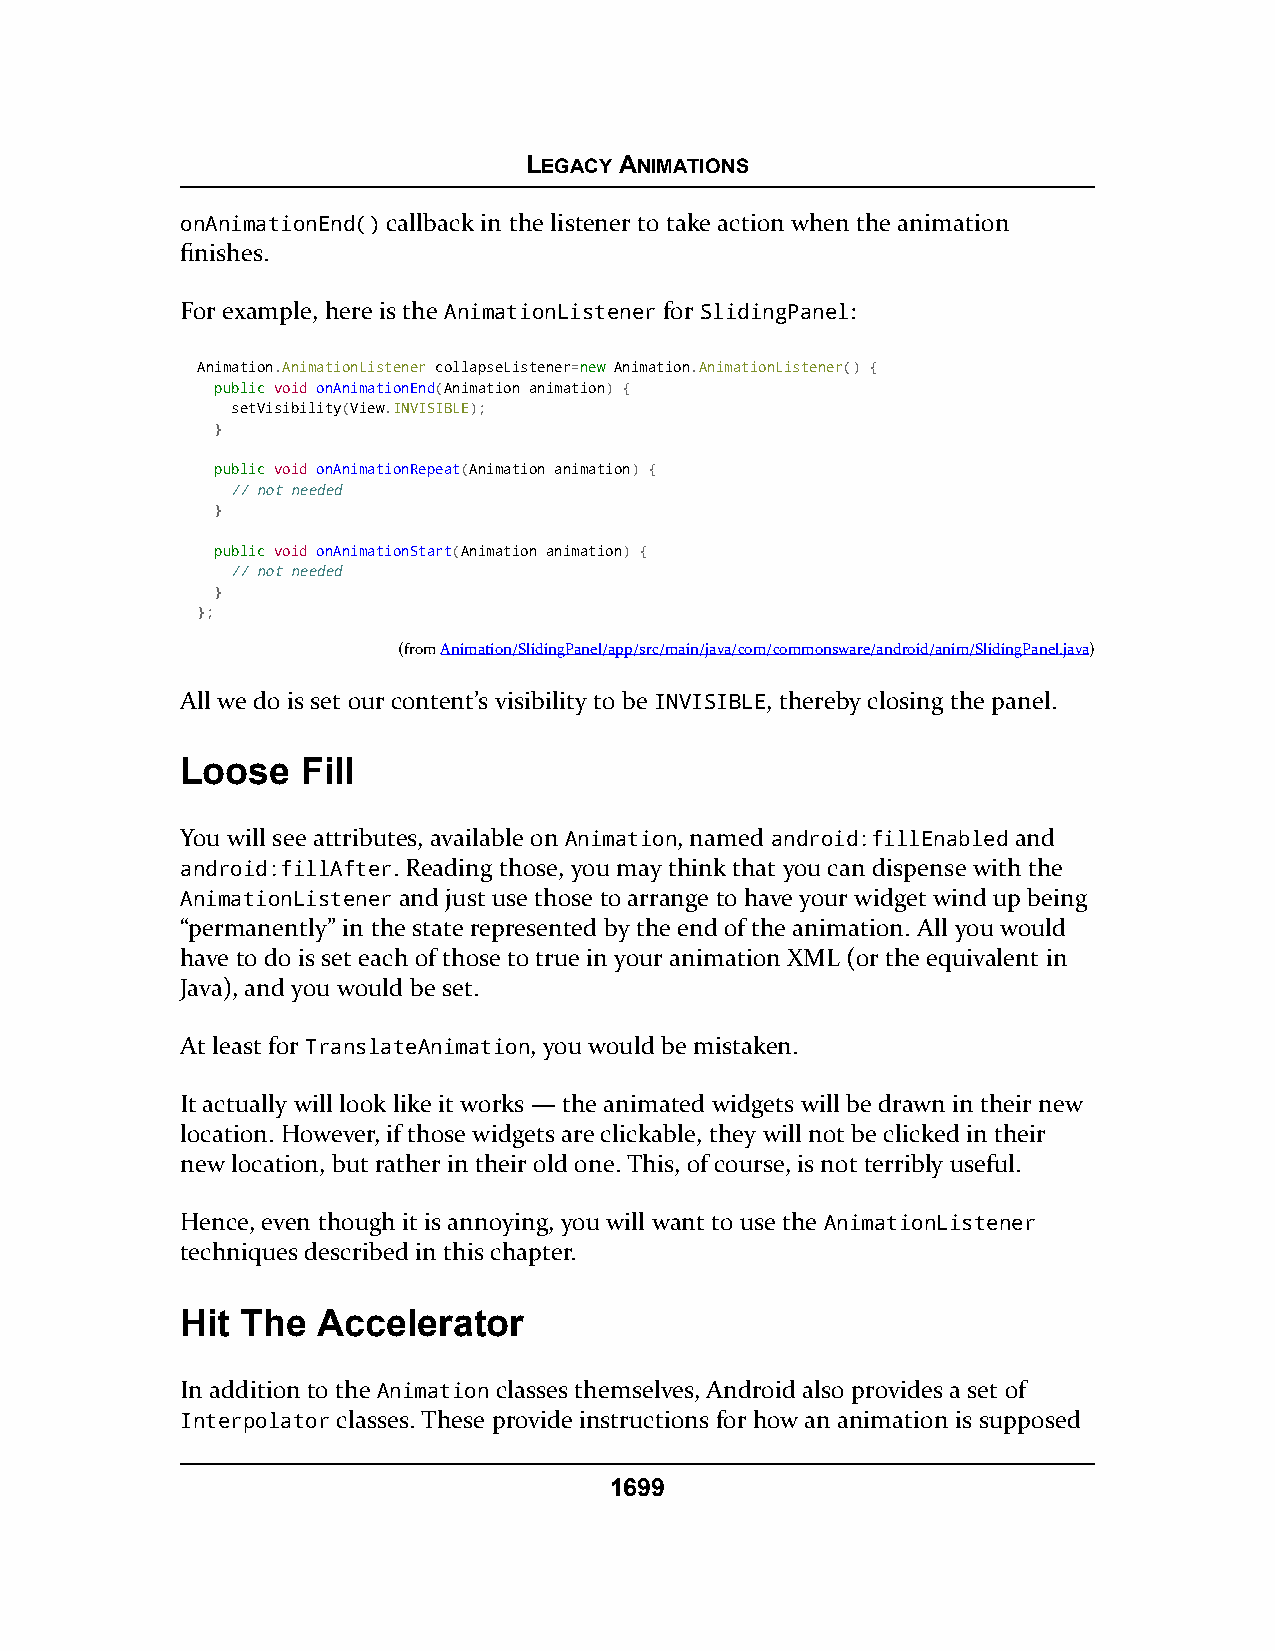
LEGACY ANIMATIONS
 onAnimationEnd() callback in the listener to take action when the animation
 finishes.
 For example, here is the AnimationListener for SlidingPanel:
 Animation.AnimationListener collapseListener=nneeww Animation.AnimationListener() {
 ppuubblliicc void onAnimationEnd(Animation animation) {
 setVisibility(View.INVISIBLE);
 }
 ppuubblliicc void onAnimationRepeat(Animation animation) {
 // not needed
 }
 ppuubblliicc void onAnimationStart(Animation animation) {
 // not needed
 }
 };
 (fromAnimation/SlidingPanel/app/src/main/java/com/commonsware/android/anim/SlidingPanel.java)
 All we do is set our content’s visibility to be INVISIBLE, thereby closing the panel.
 Loose   Fill
 You will see attributes, available on Animation, named android:fillEnabled and
 android:fillAfter. Reading those, you may think that you can dispense with the
 AnimationListener and just use those to arrange to have your widget wind up being
 “permanently” in the state represented by the end of the animation. All you would
 have to do is set each of those to true in your animation XML (or the equivalent in
 Java), and you would be set.
 At least for TranslateAnimation, you would be mistaken.
 It actually will look like it works — the animated widgets will be drawn in their new
 location. However, if those widgets are clickable, they will not be clicked in their
 new location, but rather in their old one. This, of course, is not terribly useful.
 Hence, even though it is annoying, you will want to use the AnimationListener
 techniques described in this chapter.
 Hit The  Accelerator
 In addition to the Animation classes themselves, Android also provides a set of
 Interpolator classes. These provide instructions for how an animation is supposed
 1699